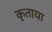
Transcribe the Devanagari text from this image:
कृताया